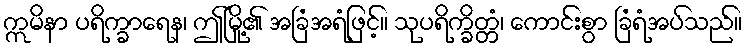
ဣမိနာ ပရိက္ခာရေန၊ ဤမြို့၏ အခြံအရံဖြင့်။ သုပရိက္ခိတ္တံ၊ ကောင်းစွာ ခြံရံအပ်သည်။